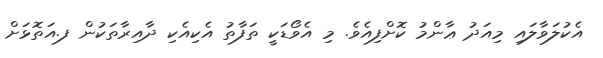
އެކުލަވާލައި މިއަދު ޢާންމު ކޮށްފިއެވެ. މި އެވޯޑަކީ ތަފާތު އެކިއެކި ދާއިރާތަކުން ފ.އަތޮޅަށް